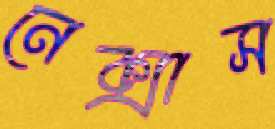
নেক্সাস